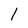
Character: l